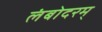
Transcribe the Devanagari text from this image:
लंबोदरम्